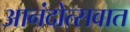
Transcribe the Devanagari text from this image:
आनंदोत्सवात